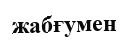
жабғумен